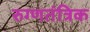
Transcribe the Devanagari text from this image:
रुग्णतंत्रिक